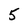
Character: 5